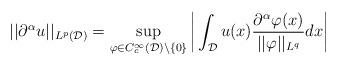
LaTeX: \begin{align*}||\partial^{\alpha}u||_{L^p(\mathcal{D})} = \sup_{\varphi \in C_c^{\infty}(\mathcal{D})\setminus\{0\}} \bigg|\int_{\mathcal{D}}u(x)\frac{\partial^{\alpha}\varphi(x)}{||\varphi||_{L^q}}dx \bigg|\end{align*}